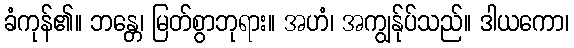
ခံကုန်၏။ ဘန္တေ၊ မြတ်စွာဘုရား။ အဟံ၊ အကျွန်ုပ်သည်။ ဒါယကော၊